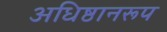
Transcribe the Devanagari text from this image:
अधिष्ठानरूप